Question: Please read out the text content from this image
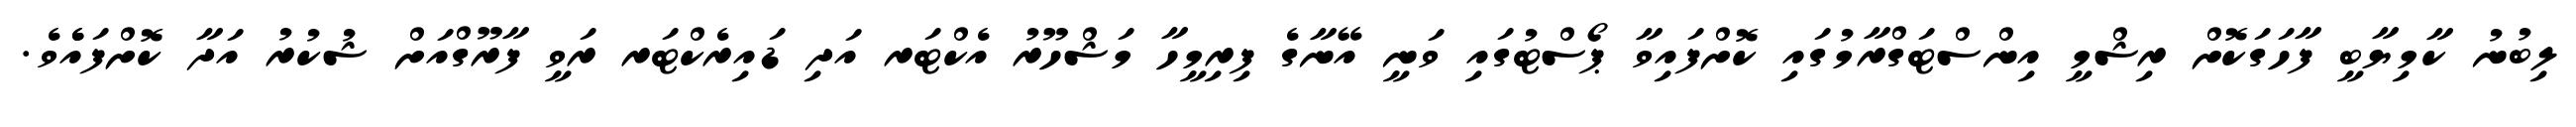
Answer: ލިބުނު ކާމިޔާބީ ފާހަގަކޮށް ރިޝްމީ އިންސްޓަގްރާމުގައި ކޮށްފައިވާ ޕޯސްޓުގައި ވަނީ އޭނާގެ ފިރިމީހާ މަޝްހޫރު އެކްޓަރ އަދި ޑައިރެކްޓަރ ރަވީ ފާރޫގްއަށް ޝުކުރު އަދާ ކޮށްފައެެވެ.